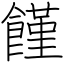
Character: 饉